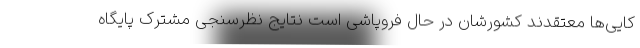
کایی‌ها معتقدند کشورشان در حال فروپاشی است نتایج نظرسنجی مشترک پایگاه